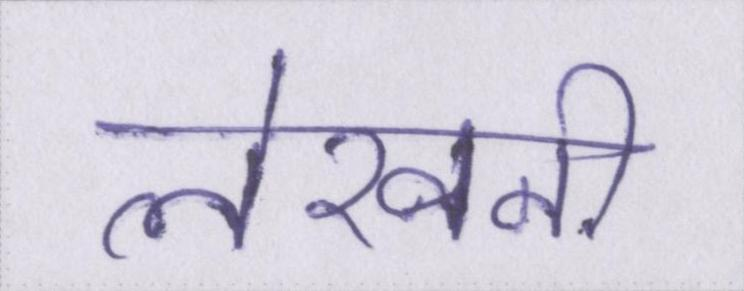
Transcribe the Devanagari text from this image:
लेखनी